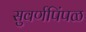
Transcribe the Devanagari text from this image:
सुवर्णपिंपळ